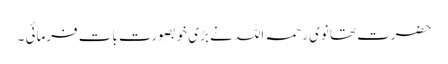
حضرت تھانوی رحمہ اللہ نے بڑی خوبصورت بات فرمائی ۔